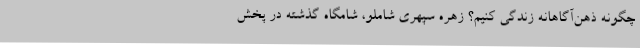
چگونه ذهن‌آگاهانه زندگی کنیم؟ زهره سپهری شاملو، شامگاه گذشته در پخش